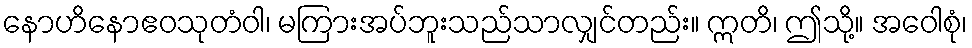
နောဟိနောဧဝသုတံဝါ၊ မကြားအပ်ဘူးသည်သာလျှင်တည်း။ ဣတိ၊ ဤသို့။ အဝေါစုံ၊